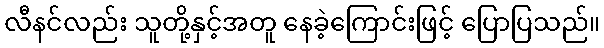
လီနင်လည်း သူတို့နှင့်အတူ နေခဲ့ကြောင်းဖြင့် ပြောပြသည်။